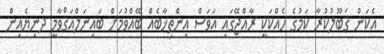
އެކަން ޤަބޫލުކުރާ ކަމުގެ ހެއްކަކީ ރާއްޖޭގައި އަވަސް އިންތިޚާބެއް ބޭއްވުމަށް ބައިނަލްއަޤްވާމީ ދުނިޔެއިން